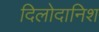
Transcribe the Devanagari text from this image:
दिलोदानिश